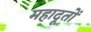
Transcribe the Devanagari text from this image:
महादूतों